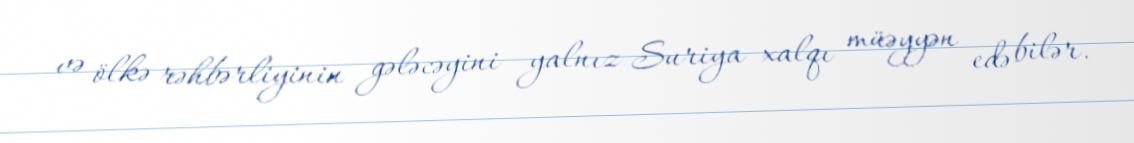
və ölkə rəhbərliyinin gələcəyini yalnız Suriya xalqı müəyyən edə bilər.